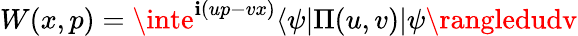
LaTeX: W(x,p)=\inte^{\mathbf{i}(up-vx)}\langle\psi|\Pi(u,v)|\psi\rangledudv